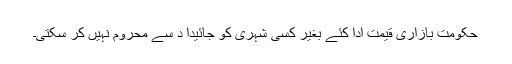
حکومت بازاری قیمت ادا کئے بغیر کسی شہری کو جائیدا د سے محروم نہیں کر سکتی۔